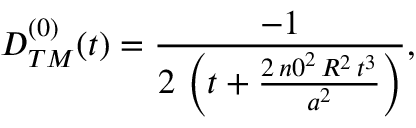
\begin{array} { c } { { D _ { T M } ^ { ( 0 ) } ( t ) = \displaystyle { \frac { - 1 } { 2 \, \left( t + \frac { 2 \, { n 0 } ^ { 2 } \, R ^ { 2 } \, t ^ { 3 } } { a ^ { 2 } } \right) } } , } } \end{array}